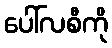
ပေါ်လစီကို